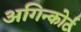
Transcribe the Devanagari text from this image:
अगिन्कोर्ट